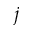
j